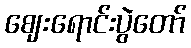
ဈေးရောင်းပွဲတော်